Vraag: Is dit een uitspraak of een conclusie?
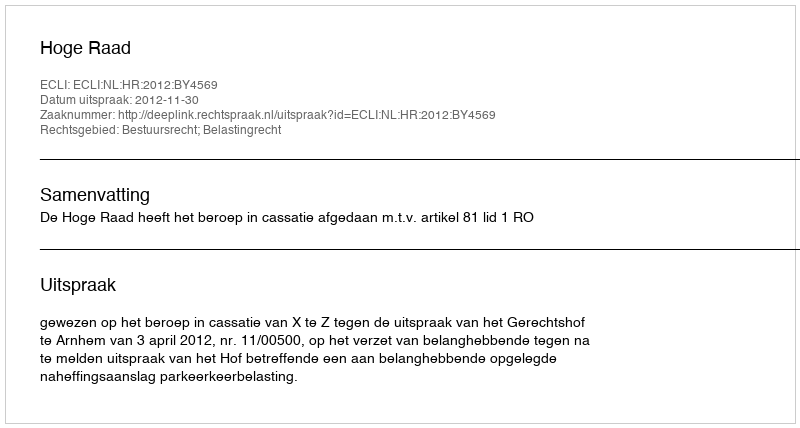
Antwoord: Uitspraak